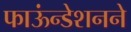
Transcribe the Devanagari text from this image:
फाऊंन्‍डेशनने